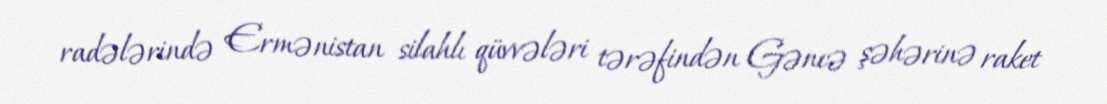
radələrində Ermənistan silahlı qüvvələri tərəfindən Gəncə şəhərinə raket